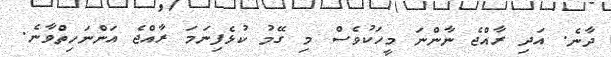
ދާނެ. އަދި ރާއްޖެ ނާންނަ މީހަކުވެސް މި ގޭމު ކުޅެފިނަމަ ރާއްޖެ އަންނަހިތްވާނެ.